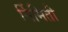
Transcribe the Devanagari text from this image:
र्निमिती